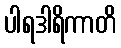
ပါရဒါရိကာတိ